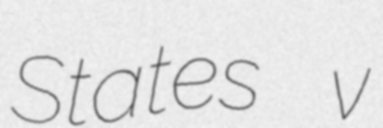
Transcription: States v